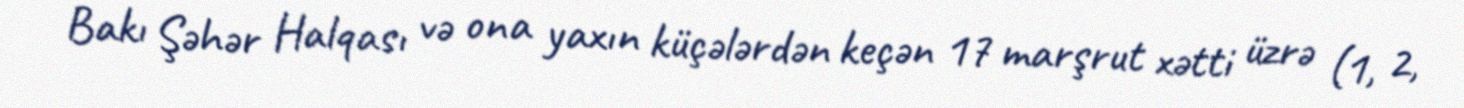
Bakı Şəhər Halqası və ona yaxın küçələrdən keçən 17 marşrut xətti üzrə (1, 2,